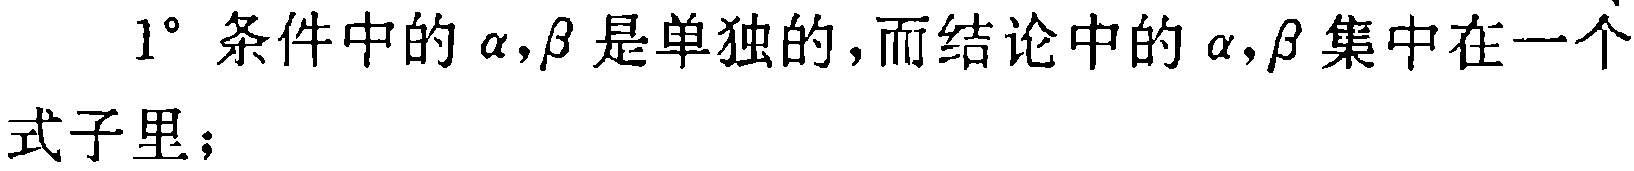
$1^{\circ}$ 条件中的 $\alpha,\beta$ 是单独的，而结论中的 $\alpha,\beta$ 集中在一个式子里；